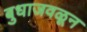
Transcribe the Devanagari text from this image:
बुधाजवळून